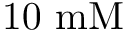
1 0 ~ \mathrm { m M }